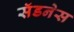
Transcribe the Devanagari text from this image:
सॅडनेस